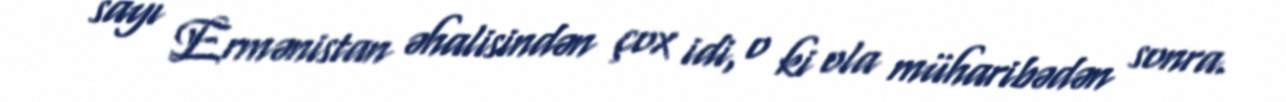
sayı Ermənistan əhalisindən çox idi, o ki ola müharibədən sonra.